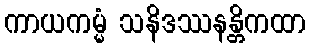
ကာယကမ္မံ သနိဒဿနန္တိကထာ